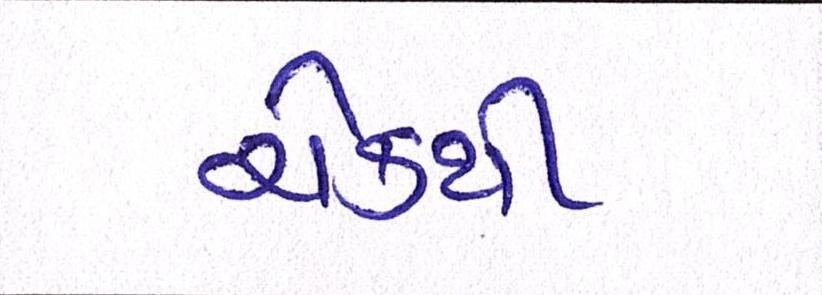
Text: ચેકથી